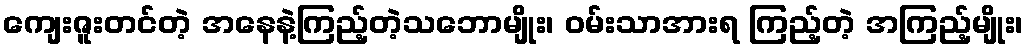
ကျေးဇူးတင်တဲ့ အနေနဲ့ကြည့်တဲ့သဘောမျိုး၊ ဝမ်းသာအားရ ကြည့်တဲ့ အကြည့်မျိုး၊